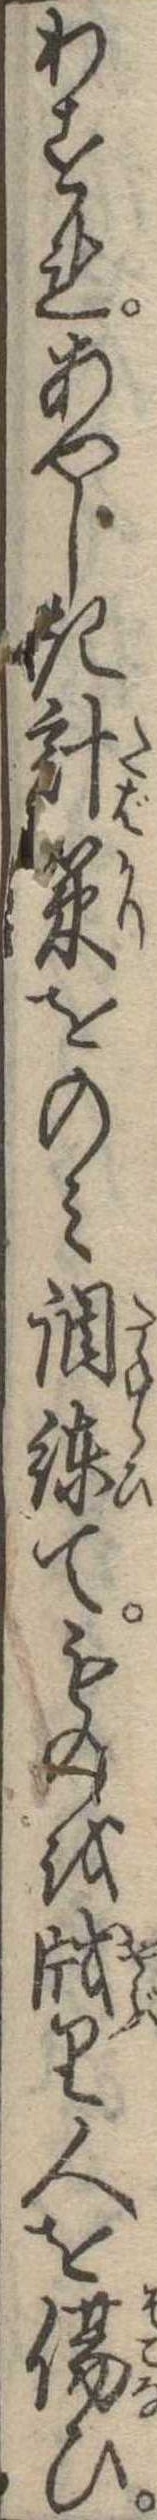
わすれあやしき計策をのみ調練てものをり人を傷ひ